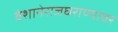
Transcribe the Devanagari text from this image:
वंशानेराजघराण्यावर